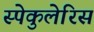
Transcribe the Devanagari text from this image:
स्पेकुलेरिस